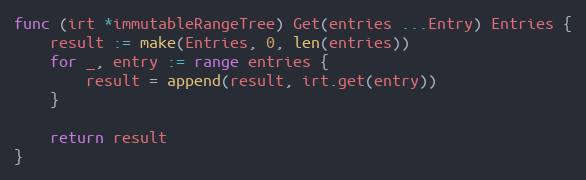
Language: Go
func (irt *immutableRangeTree) Get(entries ...Entry) Entries {
	result := make(Entries, 0, len(entries))
	for _, entry := range entries {
		result = append(result, irt.get(entry))
	}

	return result
}